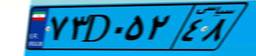
۳۹D۴۱۴۲۰